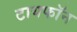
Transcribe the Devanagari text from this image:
टायफॉन